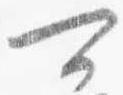
可